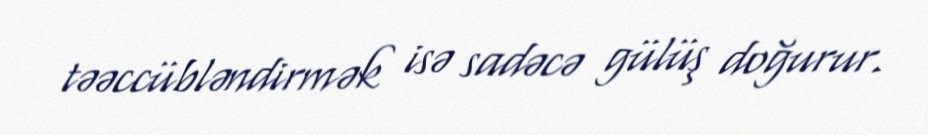
təəccübləndirmək isə sadəcə gülüş doğurur.